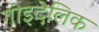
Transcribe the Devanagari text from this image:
गोइदेलिक